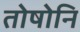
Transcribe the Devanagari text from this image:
तोषोनि